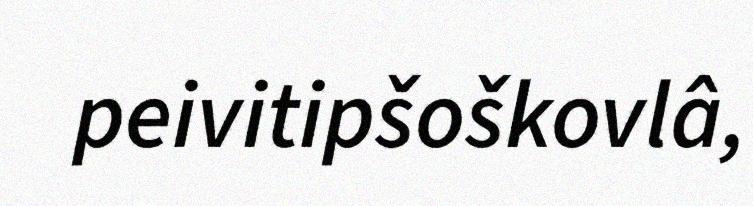
peivitipšoškovlâ,